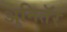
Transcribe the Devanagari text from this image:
अुनितॅर